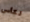
لكأس